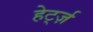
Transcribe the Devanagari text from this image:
हेर्ट्ज़